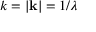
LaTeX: k = | { \mathbf { k } } | = 1 / \lambda